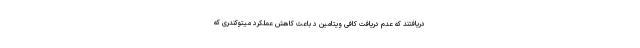
دریافتند که عدم دریافت کافی ویتامین د باعث کاهش عملکرد میتوکندری که